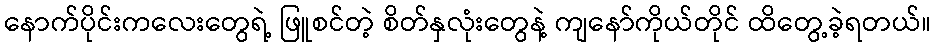
နောက်ပိုင်းကလေးတွေရဲ့ ဖြူစင်တဲ့ စိတ်နှလုံးတွေနဲ့ ကျနော်ကိုယ်တိုင် ထိတွေ့ခဲ့ရတယ်။